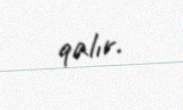
qalır.